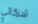
شركائي